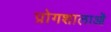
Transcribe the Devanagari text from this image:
प्रोगशालाओं